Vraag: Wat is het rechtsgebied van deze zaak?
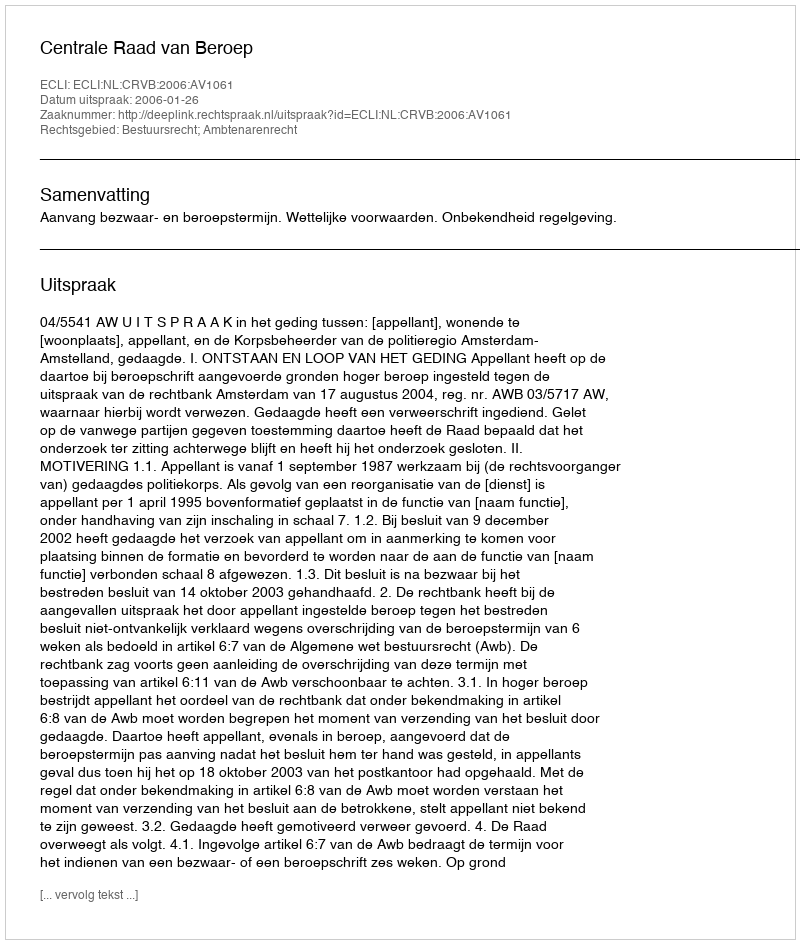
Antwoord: Bestuursrecht; Ambtenarenrecht